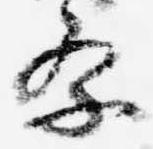
祭